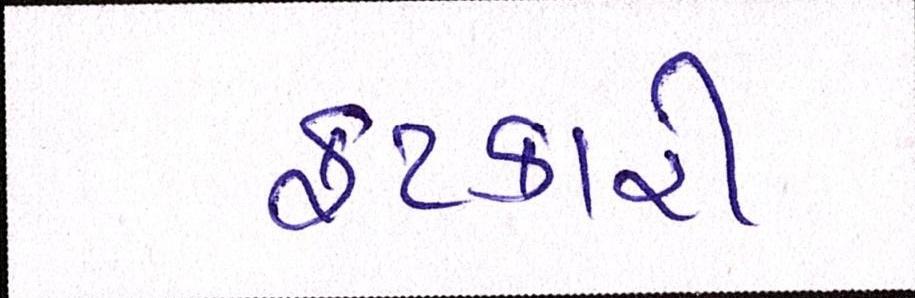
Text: ફટકારી